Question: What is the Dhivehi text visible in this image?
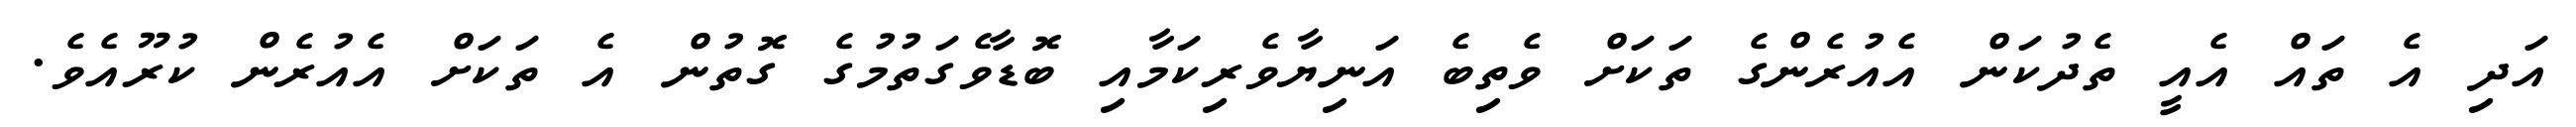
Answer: އަދި އެ ތައް އެއީ ތެދުކަން އެއުރެންގެ ތަކަށް ވެތިބެ އަނިޔާވެރިކަމާއި ބޮޑާވެގަތުމުގެ ގޮތުން އެ ތަކަށް އެއުރެން ކުރޫއެވެ.